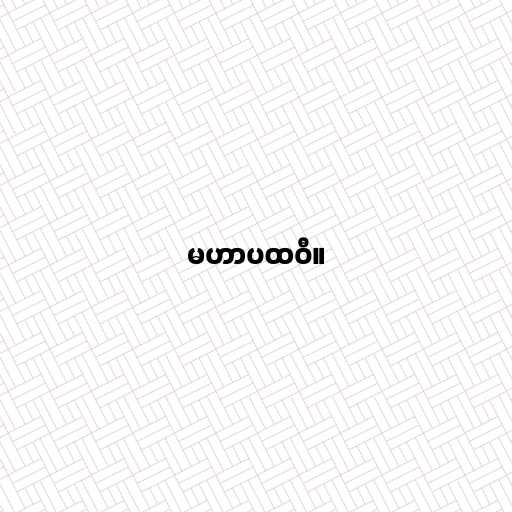
မဟာပထဝီ။